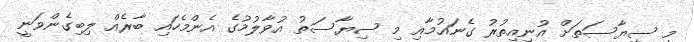
މި ސިޔާސަތަށް އުނިއިތުރު ގެނައުމާއި މި ސިޔާސަތު އުވާލުމުގެ އެންމެހައި ބާރެއް ލިބިގެންވަނީ